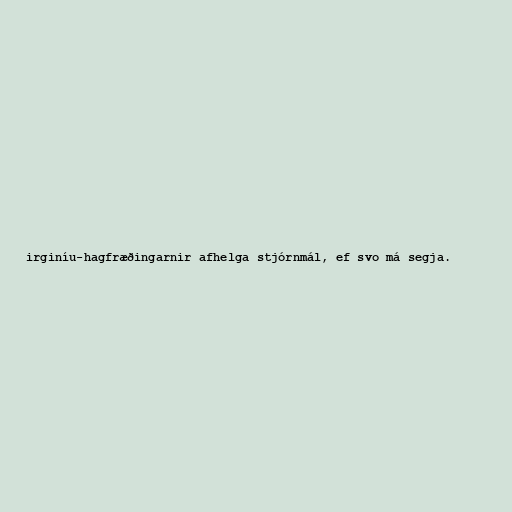
irginíu-hagfræðingarnir afhelga stjórnmál, ef svo má segja.